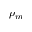
\rho _ { m }